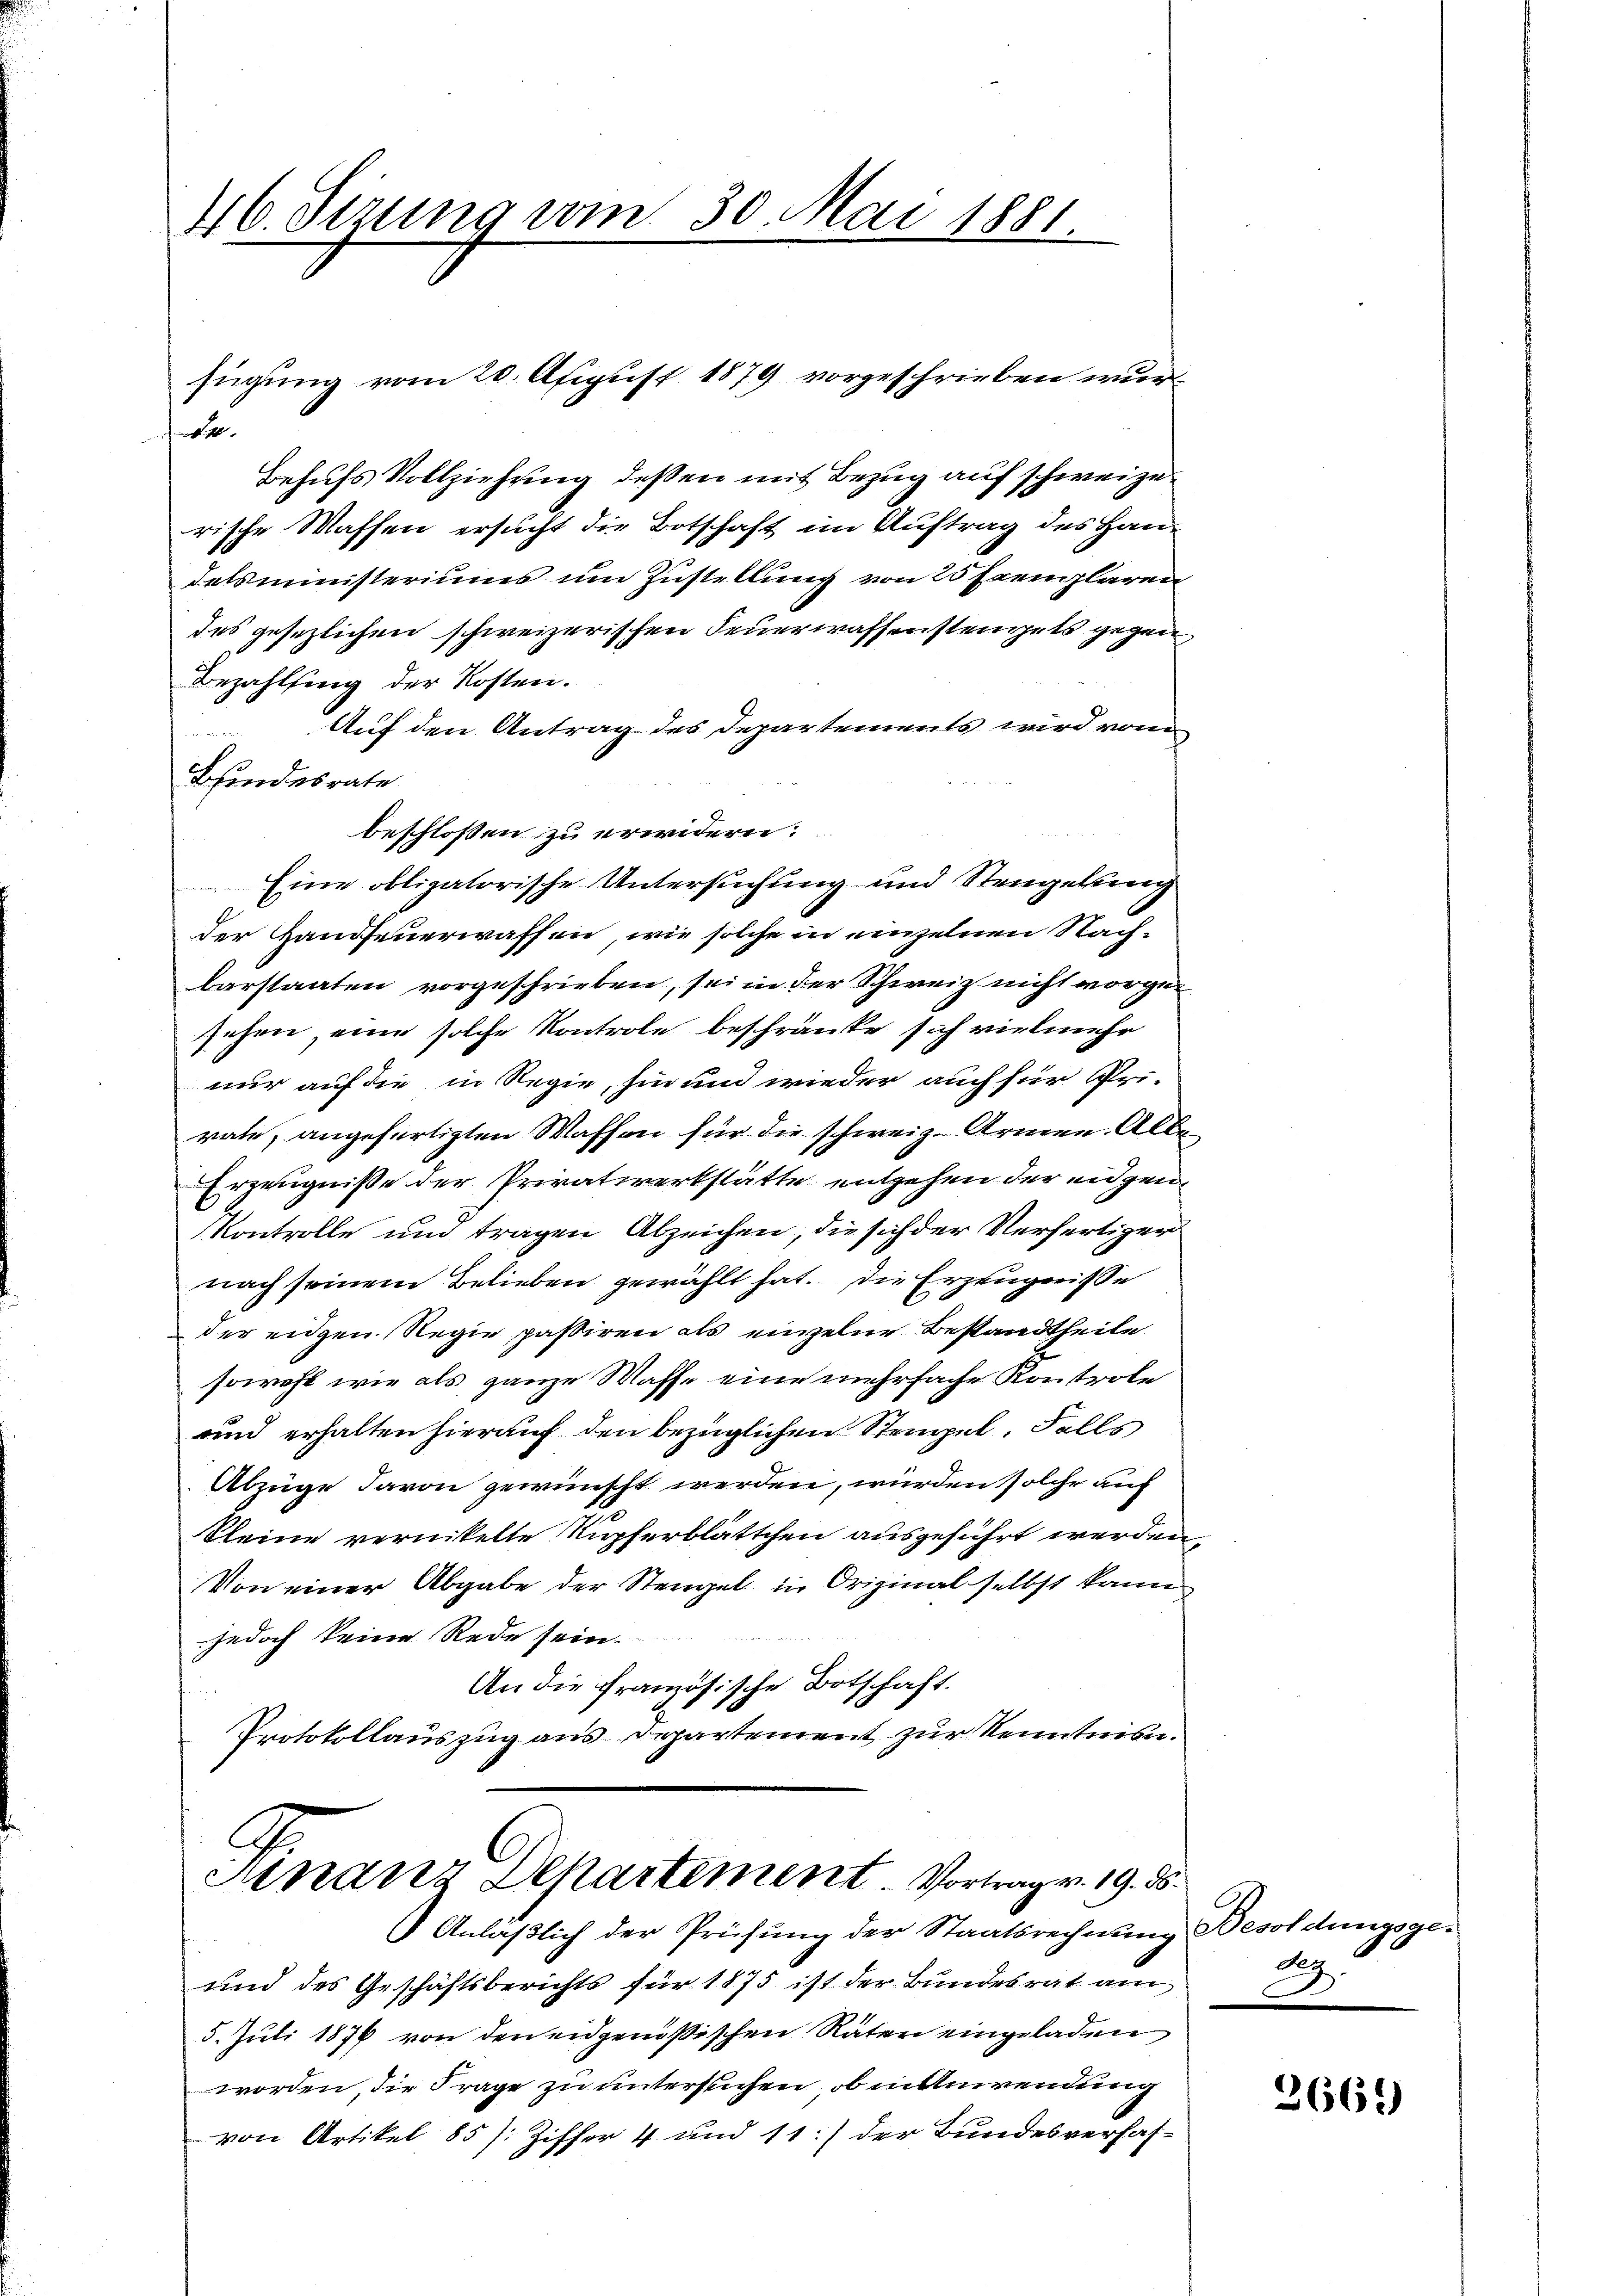
46. Sitzung vom 30. Mai 1881.

fügung vom 20. Apigust 1879 vorgeschrieben wur¬
1
Behufs Vollziehung deßen mit Bezug auf schweize
rische Waffen ersucht die Botschaft im Auftrag des Haudelsministeriums um Zustellung von 25 Exemplaren
des gesezlichen schweizerischen Feuerwassensteigels gegen
Bezahlung der Kosten.
Auf den Antrag des Departements wird von

Bundesrate
beschlossen zu erwidern.
Eine obligatorische Untersuchung und Stengelung
der Handfeuerwaffen, wie solche in einzelnen Nach-
barstaaten vorgeschrieben, sei in der Schweiz nicht vorgesehen, eine solche Kontrole beschränke sich vielmehr
nur auf die in Regie, hin und wieder auch für Pri-
rate, angefertigten Waffen für die schweiz. Armen. Alle
Erzeugniße der Privatwerkstätte entgehen der eidgen¬
Kontrolle und tragen Abzeichen, die sich der Verfertiger
nach seinem Belieben gewählt hat. Die Erzeugnisse
der eidgen. Regie passiren als einzelne Bestandtheile
sowohl wie als ganze Waffe eine mehrfache Kontrole
und erhalten hierauf den bezüglichen Stempel, Falls
Abzüge davon gewünscht werden, würden solche auf
Kleine vernikelte Kupferblättchen ausgeführt werden,
Von einer Abgabe der Stengel in Original selbst kann
jedoch keine Rede sein.
An die französische Botschaft.
Protokollauszug aus Departement zur Kenntnis.

Anläßlich der Prüfung der Staatsrechnung Besoldungsge¬
und des Geschäftsberichts für 1875 ist der Bundesrat am
5. Juli 1876 von den eidgenößischen Räten eingeladen
worden, die Frage zu untersuchen, ob in Anwendung
von Artikel 85 /: Ziffer 4 und 11.) der Bundesverfas-

C
Finanz Departement. Vortrag v. 19. ds.

d

3669